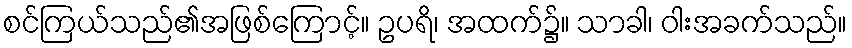
စင်ကြယ်သည်၏အဖြစ်ကြောင့်။ ဥပရိ၊ အထက်၌။ သာခါ၊ ဝါးအခက်သည်။